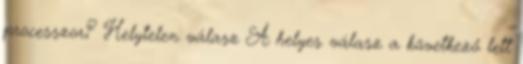
processzor? Helytelen válasz A helyes válasz a következő lett